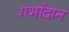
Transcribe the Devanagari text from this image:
गर्भादान